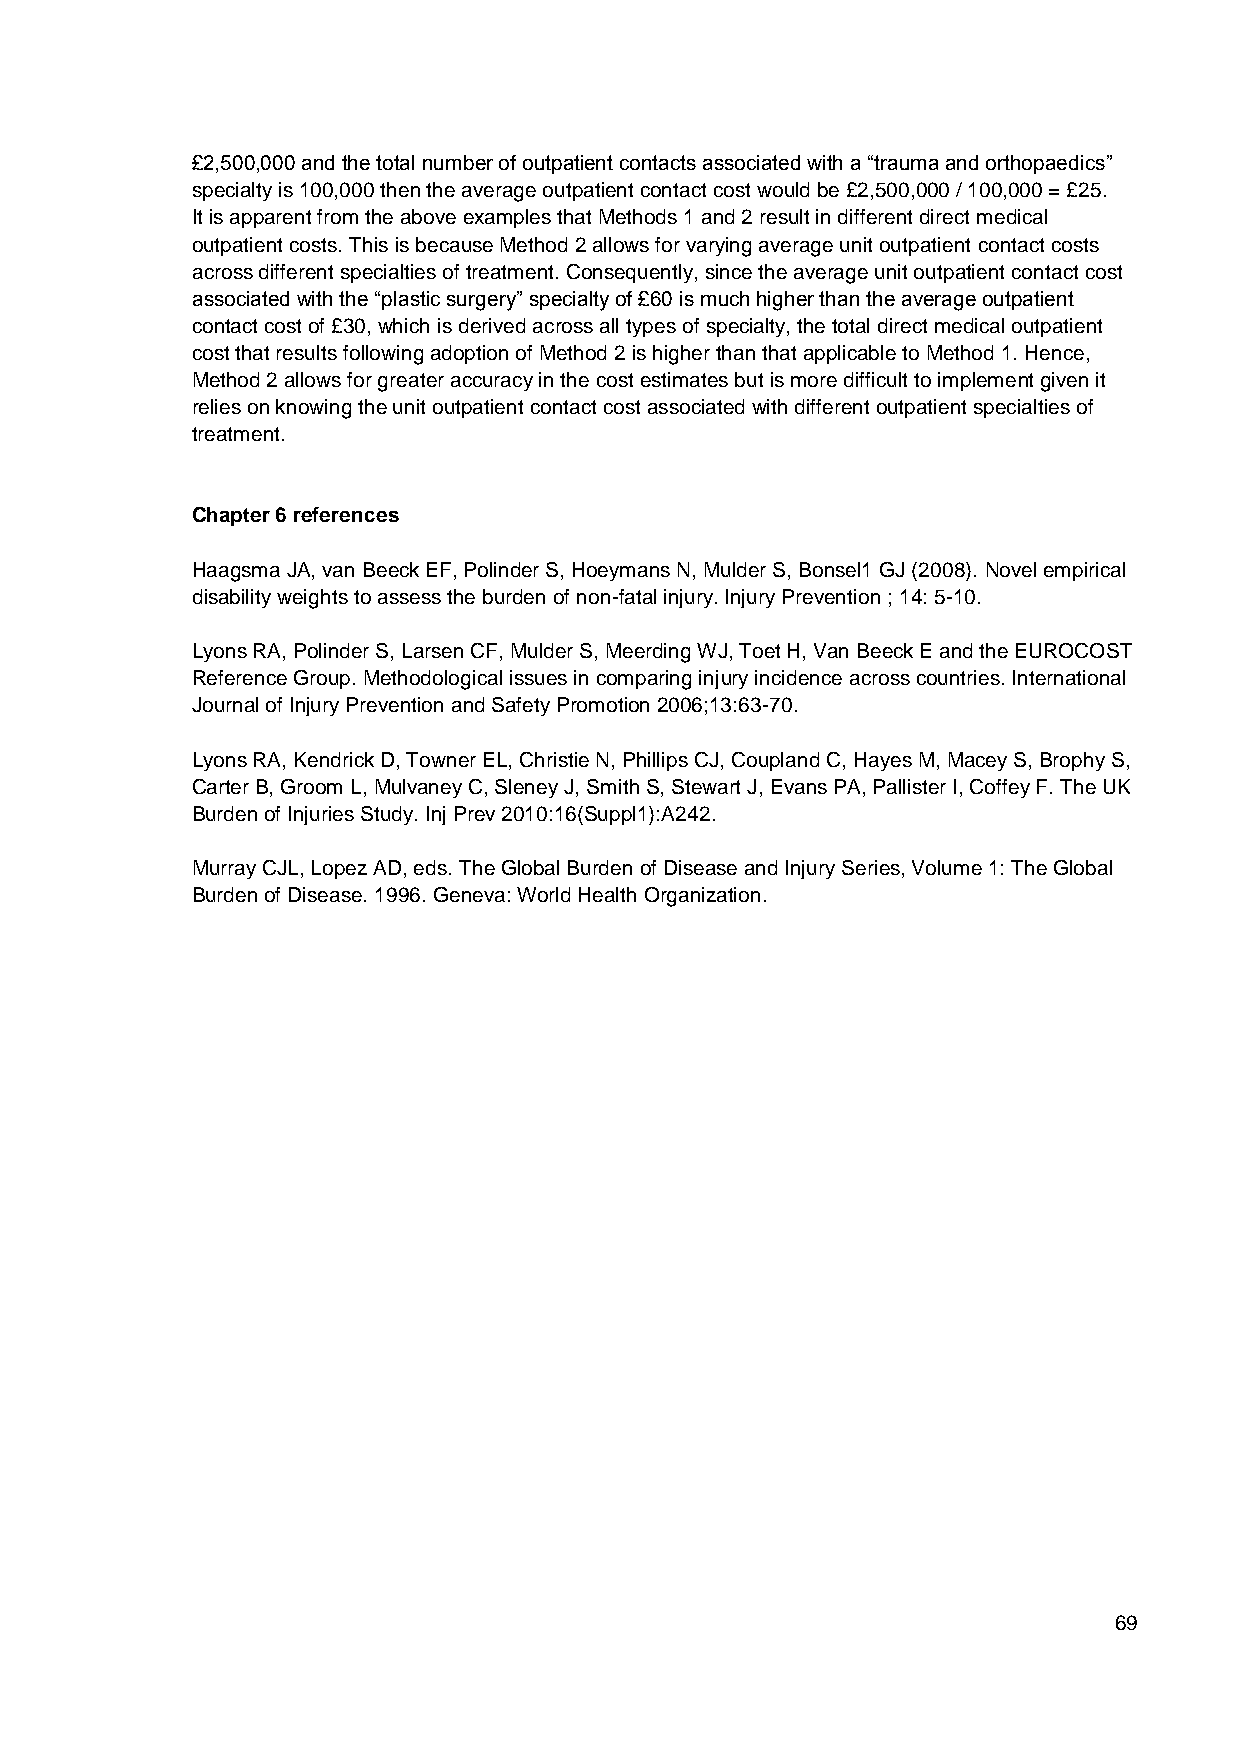
£2,500,000 and the total number of outpatient contacts associated with a “trauma and orthopaedics”
 specialty is 100,000 then the average outpatient contact cost would be £2,500,000 / 100,000 = £25.
 It is apparent from the above examples that Methods 1 and 2 result in different direct medical
 outpatient costs. This is because Method 2 allows for varying average unit outpatient contact costs
 across different specialties of treatment. Consequently, since the average unit outpatient contact cost
 associated with the “plastic surgery” specialty of £60 is much higher than the average outpatient
 contact cost of £30, which is derived across all types of specialty, the total direct medical outpatient
 cost that results following adoption of Method 2 is higher than that applicable to Method 1. Hence,
 Method 2 allows for greater accuracy in the cost estimates but is more difficult to implement given it
 relies on knowing the unit outpatient contact cost associated with different outpatient specialties of
 treatment.
 Chapter 6 references
 Haagsma JA, van Beeck EF, Polinder S, Hoeymans N, Mulder S, Bonsel1 GJ (2008). Novel empirical
 disability weights to assess the burden of non-fatal injury. Injury Prevention ; 14: 5-10.
 Lyons RA, Polinder S, Larsen CF, Mulder S, Meerding WJ, Toet H, Van Beeck E and the EUROCOST
 Reference Group. Methodological issues in comparing injury incidence across countries. International
 Journal of Injury Prevention and Safety Promotion 2006;13:63-70.
 Lyons RA, Kendrick D, Towner EL, Christie N, Phillips CJ, Coupland C, Hayes M, Macey S, Brophy S,
 Carter B, Groom L, Mulvaney C, Sleney J, Smith S, Stewart J, Evans PA, Pallister I, Coffey F. The UK
 Burden of Injuries Study. Inj Prev 2010:16(Suppl1):A242.
 Murray CJL, Lopez AD, eds. The Global Burden of Disease and Injury Series, Volume 1: The Global
 Burden of Disease. 1996. Geneva: World Health Organization.
 69